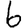
Digit: 6